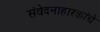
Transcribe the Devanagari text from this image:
संवेदनाहारकांचे